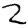
Digit: 2